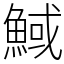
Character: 䱛